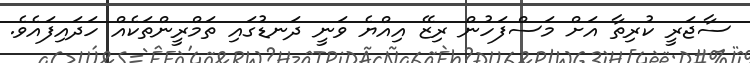
ސާޖަރީ ކުރިތާ އަށް މަސްފަހުން ރިޒޭ އިއްޔެ ވަނީ ދަނޑުގައި ތަމްރީންތަކެއް ހަދައިފައެވެ.